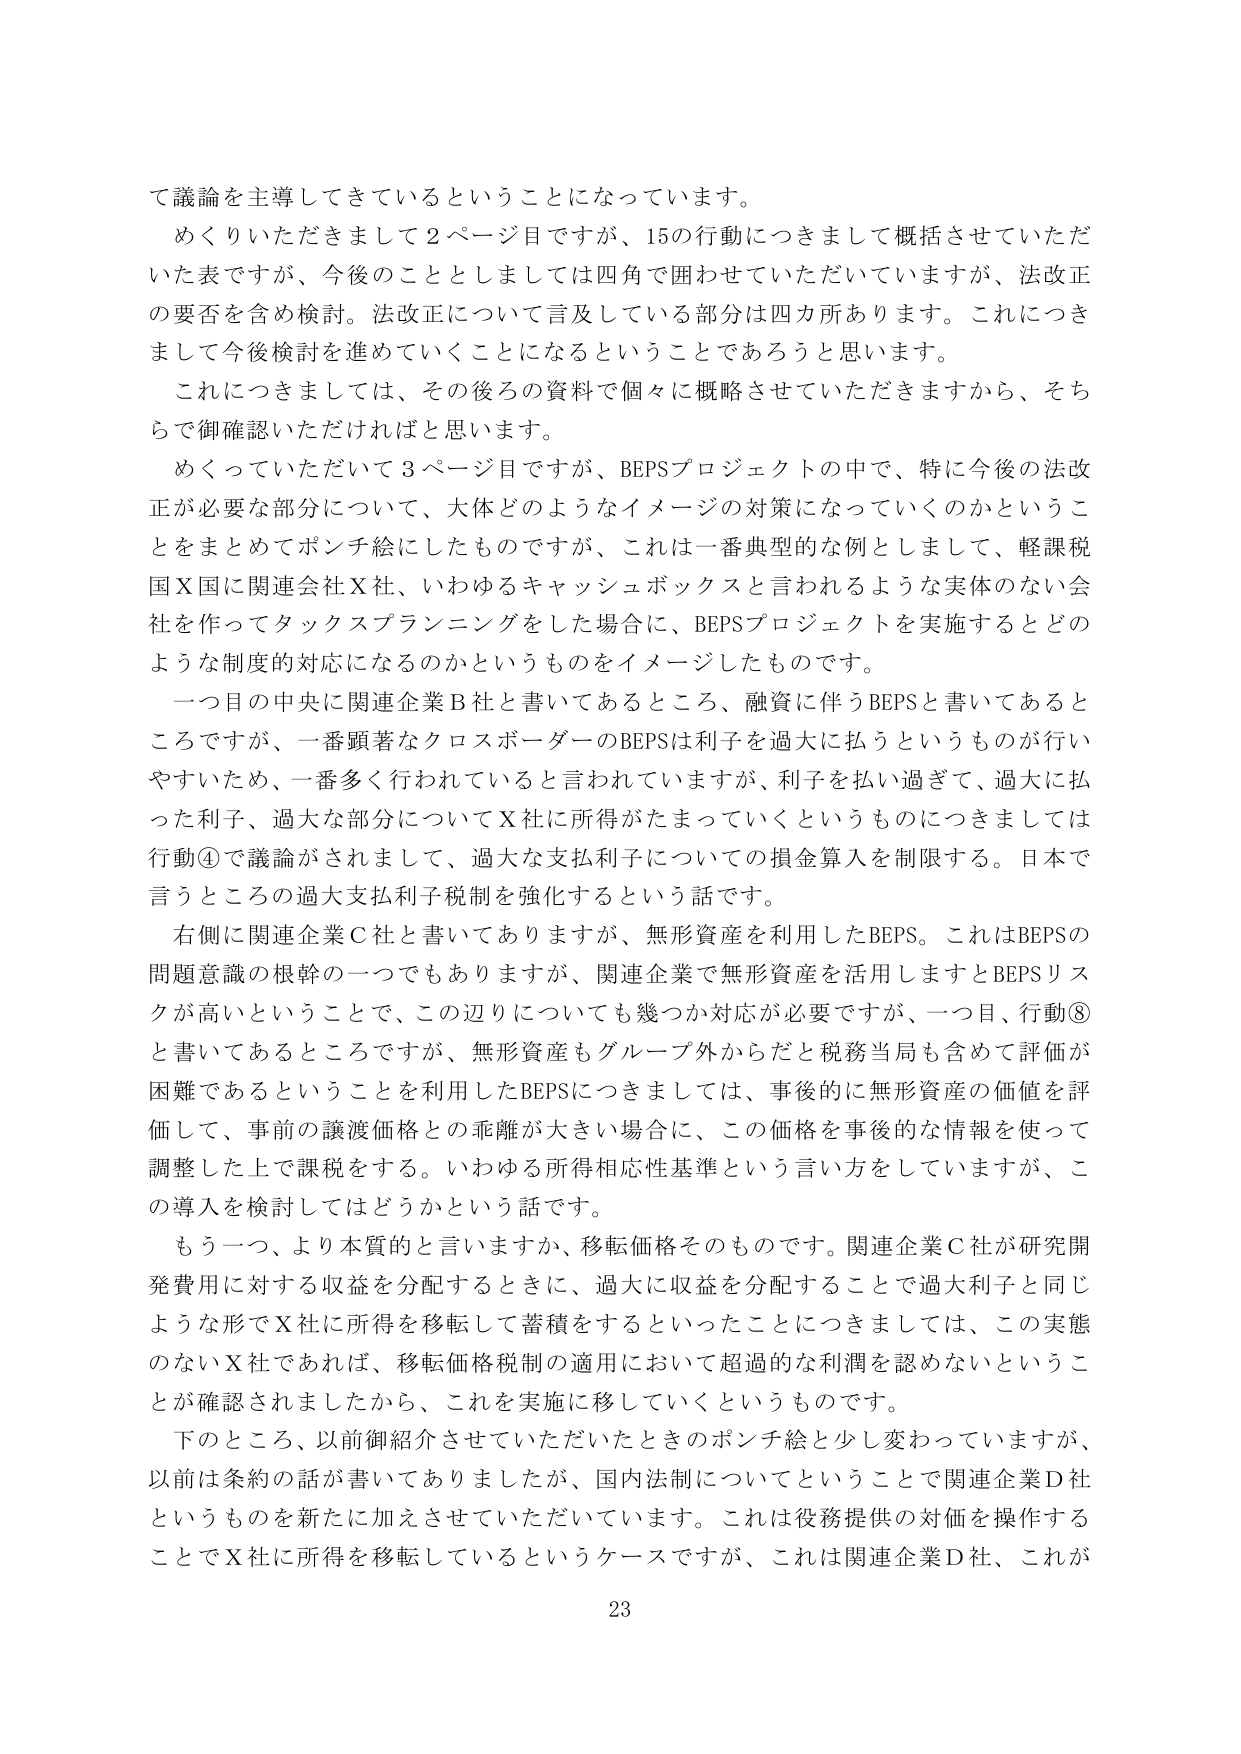
て議論を主導してきているということになっています。

めくりいただきまして２ページ目ですが、15の行動につきまして概括させていただいた表ですが、今後のこととしましては四角で囲わせていただいていますが、法改正の要否を含め検討。法改正について言及している部分は四カ所あります。これにつきまして今後検討を進めていくことになるということであろうと思います。

これにつきましては、その後ろの資料で個々に概略させていただきますから、そちらで御確認いただければと思います。

めくっていただいて３ページ目ですが、BEPSプロジェクトの中で、特に今後の法改正が必要な部分について、大体どのようなイメージの対策になっていくのかということをまとめてポンチ絵にしたものですが、これは一番典型的な例としまして、軽課税国Ｘ国に関連会社Ｘ社、いわゆるキャッシュボックスと言われるような実体のない会社を作ってタックスプランニングをした場合に、BEPSプロジェクトを実施するとどのような制度的対応になるのかというものをイメージしたものです。

一つ目の中央に関連企業Ｂ社と書いてあるところ、融資に伴うBEPSと書いてあるところですが、一番顕著なクロスボーダーのBEPSは利子を過大に払うというものが行いやすいため、一番多く行われていると言われていますが、利子を払い過ぎて、過大に払った利子、過大な部分についてＸ社に所得がたまっていくというものにつきましては行動④で議論がされまして、過大な支払利子についての損金算入を制限する。日本で言うところの過大支払利子税制を強化するという話です。

右側に関連企業Ｃ社と書いてありますが、無形資産を利用したBEPS。これはBEPSの問題意識の根幹の一つでもありますが、関連企業で無形資産を活用しますとBEPSリスクが高いということで、この辺りについても幾つか対応が必要ですが、一つ目、行動⑧と書いてあるところですが、無形資産もグループ外からだと税務当局も含めて評価が困難であるということを利用したBEPSにつきましては、事後的に無形資産の価値を評価して、事前の譲渡価格との乖離が大きい場合に、この価格を事後的な情報を使って調整した上で課税をする。いわゆる所得相応性基準という言い方をしていますが、この導入を検討してはどうかという話です。

もう一つ、より本質的と言いますか、移転価格そのものです。関連企業Ｃ社が研究開発費用に対する収益を分配するときに、過大に収益を分配することで過大利子と同じような形でＸ社に所得を移転して蓄積するといったことにつきましては、この実態のないＸ社であれば、移転価格税制の適用において超過的な利潤を認めないということが確認されましたから、これを実施に移していくというものです。

下のところ、以前御紹介させていただいたときのポンチ絵と少し変わっていますが、以前は条約の話が書いてありましたが、国内法制についてということで関連企業Ｄ社というものを新たに加えさせていただいています。これは役務提供の対価を操作することでＸ社に所得を移転しているというケースですが、これは関連企業Ｄ社、これが

23